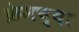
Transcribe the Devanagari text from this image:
फ्रेमच्या